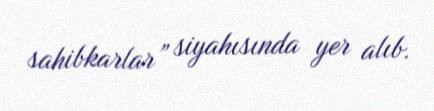
sahibkarlar” siyahısında yer alıb.